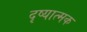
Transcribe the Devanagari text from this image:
दृष्यात्मक